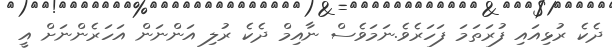
ދެކެ ރުޅިއައި ފުރަތަމަ ފަހަރެވެ.ނަމަވެސް ނާއިމް ދެކެ ރުލި އަންނަން އަހަރެންނަށް އީ